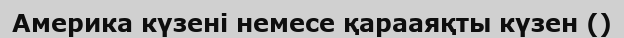
Америка күзені немесе қарааяқты күзен ()